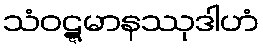
သံဝဋ္ဋမာနဿုဒါဟံ